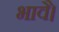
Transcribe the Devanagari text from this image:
भावै।